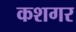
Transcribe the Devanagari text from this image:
कशगर